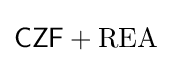
{\mathsf {CZF}}+{\mathrm {REA} }